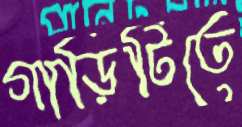
গাড়িটিতে